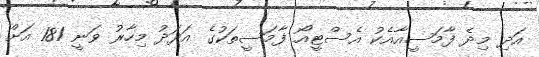
އަދި މިދެ ފާމަސީއާއެކު އެސްޓީއޯ ފާމަސީތަކުގެ އަދަދު މިހާރު ވަނީ 181 އަށް